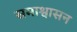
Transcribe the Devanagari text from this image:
समाश्वासन